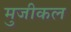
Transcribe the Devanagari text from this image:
मुजीकल